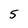
Character: 5